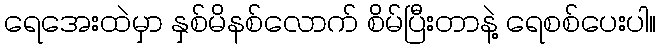
ရေအေးထဲမှာ နှစ်မိနစ်လောက် စိမ်ပြီးတာနဲ့ ရေစစ်ပေးပါ။